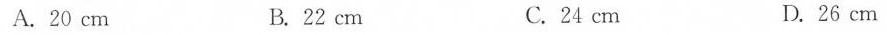
A.20cm B.22cm C.24cm D.26cm